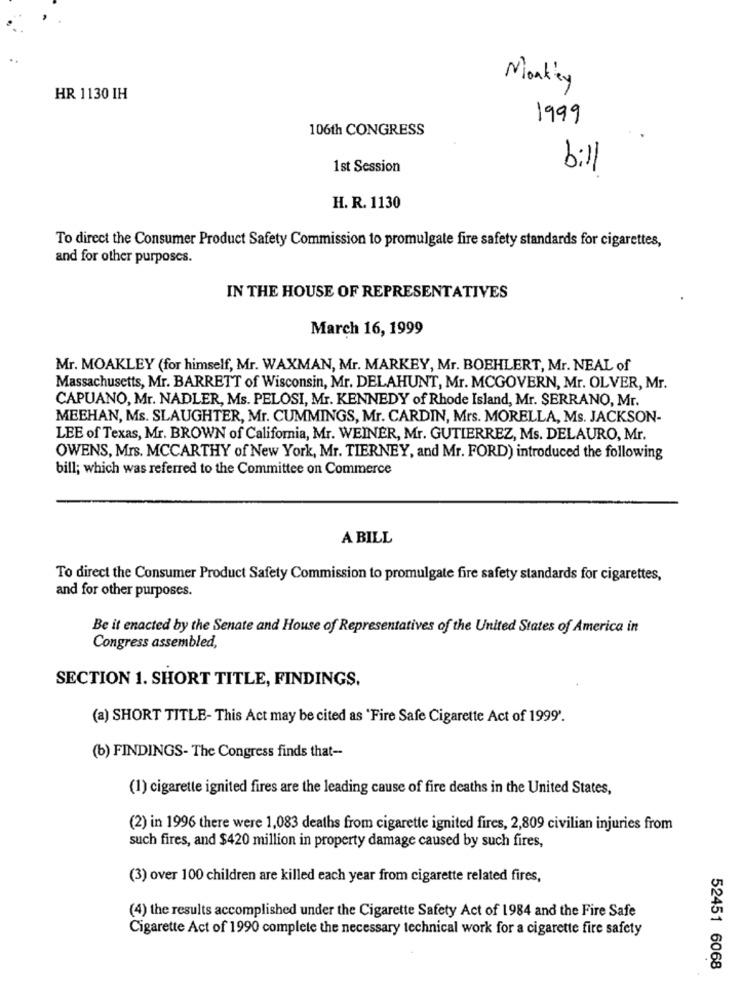
Monkey
HR 1130 IH
1999
106th CONGRESS
0
1 st Session
H. R. 1130
To direct the Consumer Product Safety Commission to promulgate fire safety standards for cigarettes,
and for other purposes.
IN THE HOUSE OF REPRESENTATIVES
March 16, 1999
Mr. MOAKLEY (for himself, Mr. WAXMAN, Mr. MARKEY, Mr. BOEHLERT, Mr. NEAL of
Massachusetts, Mr. BARRETT of Wisconsin, Mr. DELAHUNT, Mr. MCGOVERN, Mr. OLVER, Mr.
CAPUANO, Mr. NADLER, Ms. PELOSI, Mr. KENNEDY of Rhode Island, Mr. SERRANO, Mr.
MEEHAN, Ms. SLAUGHTER, Mr. CUMMINGS, Mr. CARDIN, Mrs. MORELLA, Ms. JACKSON-
LEE of Texas, Mr. BROWN of California, Mr. WEINER, Mr. GUTIERREZ, Ms. DELAURO, Mr.
OWENS, Mrs. MCCARTHY of New York, Mr. TIERNEY, and Mr. FORD) introduced the following
bill; which was referred to the Committee on Commerce
A BILL
To direct the Consumer Product Safety Commission to promulgate fire safety standards for cigarettes,
and for other purposes.
Be it enacted by the Senate and House of Representatives of the United States of America in
Congress assembled,
SECTION 1. SHORT TITLE, FINDINGS.
(a) SHORT TITLE- This Act may be cited as 'Fire Safe Cigarette Act of 1999'.
(b) FINDINGS- The Congress finds that --
(1) cigarette ignited fires are the leading cause of fire deaths in the United States,
(2) in 1996 there were 1,083 deaths from cigarette ignited fires, 2,809 civilian injuries from
such fires, and $420 million in property damage caused by such fires,
(3) over 100 children are killed each year from cigarette related fires,
(4) the results accomplished under the Cigarette Safety Act of 1984 and the Fire Safe
Cigarette Act of 1990 complete the necessary technical work for a cigarette fire safety
52451 6068